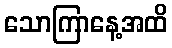
သောကြာနေ့အထိ